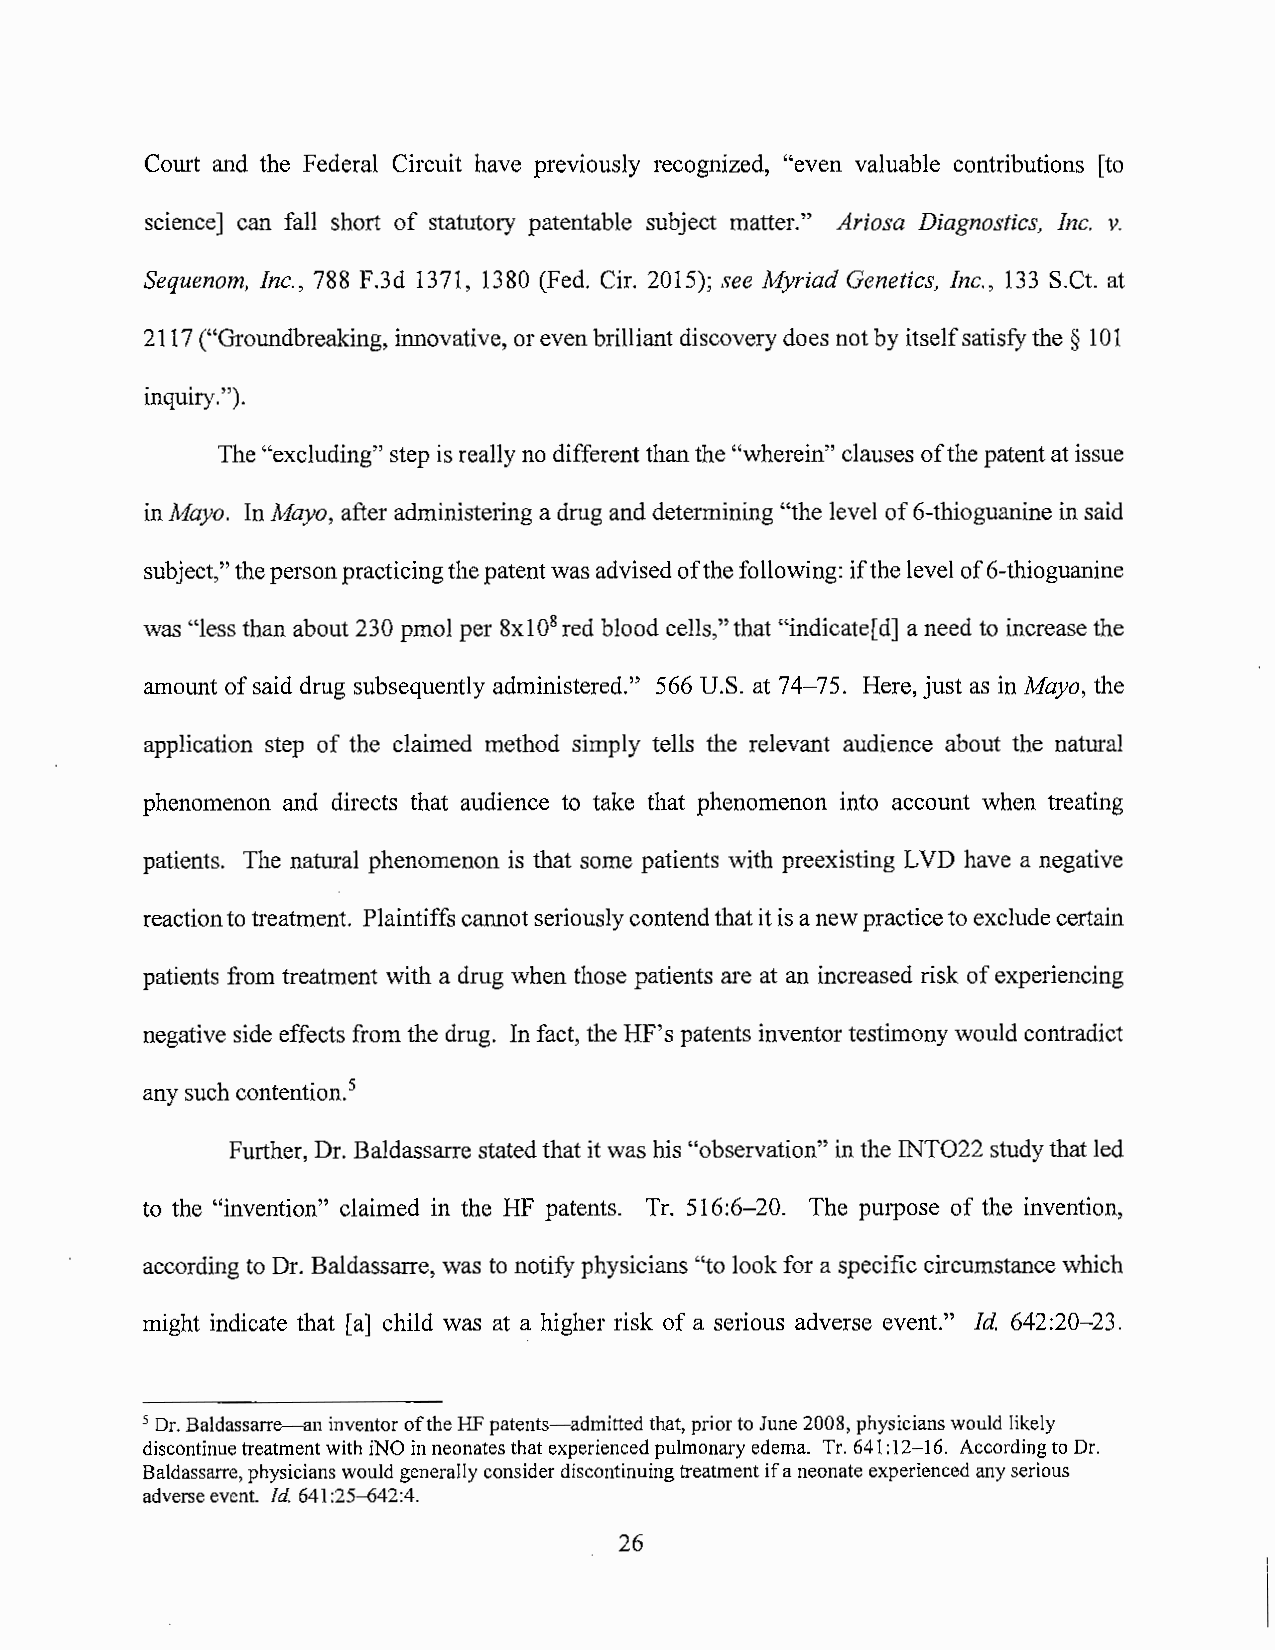
Court and the Federal Circuit have previously recognized, "even valuable contributions [to
 science] can fall short of statutory patentable subject matter." Ariosa Diagnostics, Inc. v.
 Sequenom, Inc., 788 F.3d 1371, 1380 (Fed. Cir. 2015); see Myriad Genetics, Inc., 133 S.Ct. at
 2117 ("Groundbreaking, innovative, or even brilliant discovery does not by itself satisfy the § 101
 inquiry.").
 The "excluding" step is really no different than the "wherein" clauses of the patent at issue
 in Mayo. In Mayo, after administering a drug and determining "the level of 6-thioguanine in said
 subject," the person practicing the patent was advised of the following: if the level of 6-thioguanine
 was "less than about 23 0 pmol per 8x 108 red blood cells," that "indicate[ d] a need to increase the
 amount of said drug subsequently administered." 566 U.S. at 74-75. Here, just as in Mayo, the
 application step of the claimed method simply tells the relevant audience about the natural
 phenomenon and directs that audience to take that phenomenon into account when treating
 patients. The natural phenomenon is that some patients with preexisting LV D have a negative
 reaction to treatment. Plaintiffs cannot seriously contend that it is a new practice to exclude certain
 patients from treatment with a drug when those patients are at an increased risk of experiencing
 negative side effects from the drug. In fact, the HF's patents inventor testimony would contradict
 any such contention. 5
 Further, Dr. Baldassarre stated that it was his "observation" in the INT022 study that led
 to the "invention" claimed in the HF patents. Tr. 516:6-20. The purpose of the invention,
 according to Dr. Baldassarre, was to notify physicians "to look for a specific circumstance which
 might indicate that [a] child was at a higher risk of a serious adverse event." Id. 642:20-23.
 5 Dr. Baldassarre-an inventor of the HF patents-admitted that, prior to June 2008, physicians would likely
 discontinue treatment with iNO in neonates that experienced pulmonary edema. Tr. 641 :12-16. According to Dr.
 Baldassarre, physicians would generally consider discontinuing treatment if a neonate experienced any serious
 adverse event. Id. 641 :25-642:4.
 26